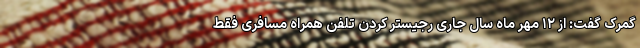
گمرک گفت: از ۱۲ مهر ماه سال جاری رجیستر کردن تلفن همراه مسافری فقط